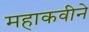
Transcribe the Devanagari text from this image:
महाकवीने